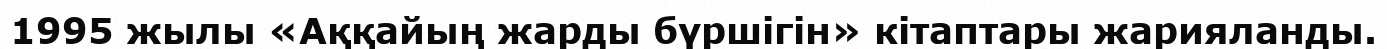
1995 жылы «Аққайың жарды бүршігін» кітаптары жарияланды.